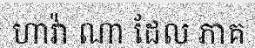
ហាវ៉ា ណា ដែល ភាគ